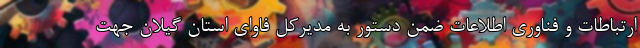
ارتباطات و فناوری اطلاعات ضمن دستور به مدیرکل فاوای استان گیلان جهت